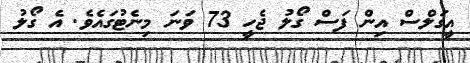
އީގަލްސް އިން ފަސް ގޯލު ޖެހީ 73 ވަނަ މިނެޓުގައެވެ. އެ ގޯލު